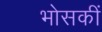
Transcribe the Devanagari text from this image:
भोसकीं